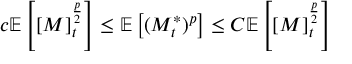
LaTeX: c \mathbb { E } \left[ [ M ] _ { t } ^ { \frac { p } { 2 } } \right] \leq \mathbb { E } \left[ ( M _ { t } ^ { * } ) ^ { p } \right] \leq C \mathbb { E } \left[ [ M ] _ { t } ^ { \frac { p } { 2 } } \right]